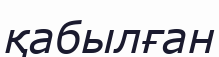
қабылған